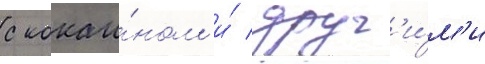
с кокаи́ном и́ друг'и́м'и